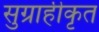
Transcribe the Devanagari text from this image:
सुग्राहीकृत